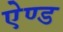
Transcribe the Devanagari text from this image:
एेण्ड